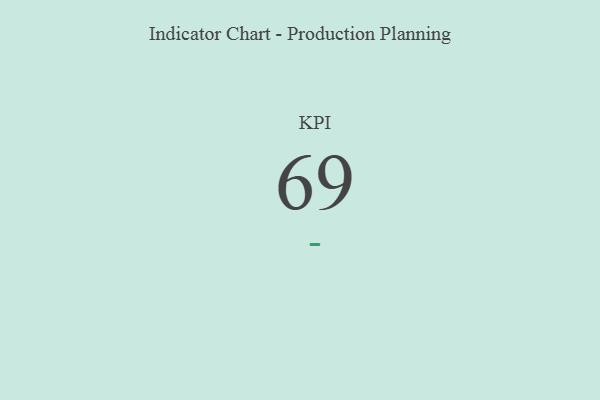
{"axis": {"x": "KPI", "y": "Value"}, "legend": [""], "data": [{"x": "KPI", "y": 69, "type": ""}]}